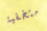
متخفية